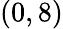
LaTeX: (0,8)